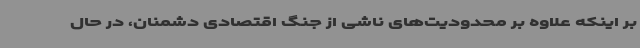
بر اینکه علاوه بر محدودیت‌های ناشی از جنگ اقتصادی دشمنان، در حال